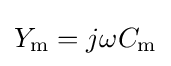
Y_{\mathrm {m} }=j\omega C_{\mathrm {m} }